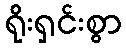
ရိုးရှင်းစွာ